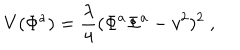
LaTeX: V ( \Phi ^ { a } ) = \frac { \lambda } { 4 } ( \Phi ^ { a } \Phi ^ { a } - v ^ { 2 } ) ^ { 2 } \ ,